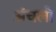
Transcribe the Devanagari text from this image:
अंचलो